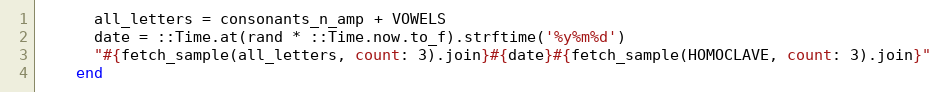
Language: Ruby
      all_letters = consonants_n_amp + VOWELS
      date = ::Time.at(rand * ::Time.now.to_f).strftime('%y%m%d')
      "#{fetch_sample(all_letters, count: 3).join}#{date}#{fetch_sample(HOMOCLAVE, count: 3).join}"
    end